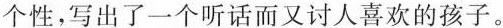
个性，写出了一个听话而又讨人喜欢的孩子.